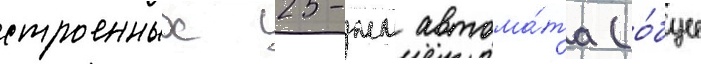
строенных 25-мм автома́та (о́бщее